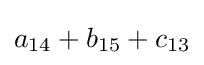
a_{14}+b_{15}+c_{13}